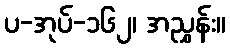
ပ-အုပ်-၁၆၂၊ အညွှန်း။